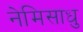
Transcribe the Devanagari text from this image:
नेमिसाधु